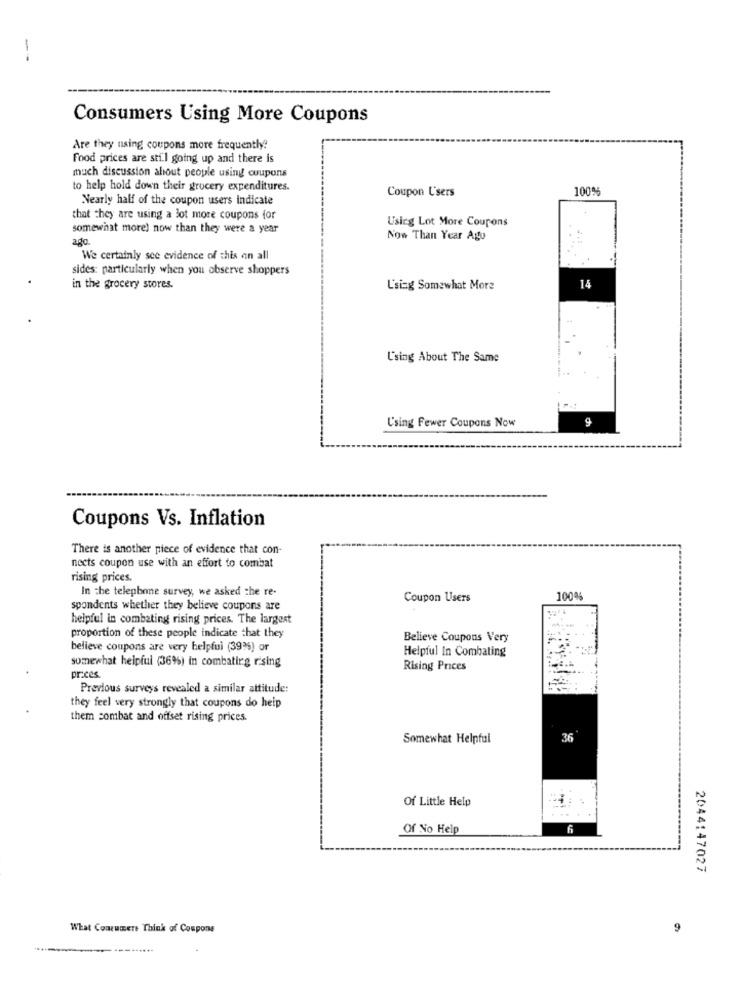
Consumers Using More Coupons
Are they using coupons more frequently?
Food prices are still going up and there is
much discussion about people using coupons
to help hold down their grocery expenditures.
Coupon Users
100%
Nearly half of the coupon users indicate
that they are using a lot more coupons for
Using Lot More Coupons
somewhat more) now than they were a year
ago.
Now Than Year Ago
We certainly see evidence of this on all
sides: particularly when you observe shoppers
in the grocery stores.
L'sing Somewhat More
14
L'sing About The Same
Using Fewer Coupons Now
g
Coupons Vs. Inflation
There is another piece of evidence that con-
nects coupon use with an effort to combat
rising prices.
In the telephone survey, we asked the re-
Coupon Users
10004
spondents whether they believe coupons are
helpful in combating rising prices. The largest
proportion of these people indicate that they
Believe Coupons Very
believe coupons are very helpful (39%%) or
Helpful In Combating
somewhat helpful (36%) in combatirg rising
Rising Prices
prices.
Previous surveys revealed a similar attitude:
they feel very strongly that coupons do heip
them combat and offset rising prices.
Somewhat Helpful
36
Of Little Help
Of No Help
6
2044147027
What Comeumere Think of Coupons
9